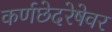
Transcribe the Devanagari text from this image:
कर्णछेदरेषेवर